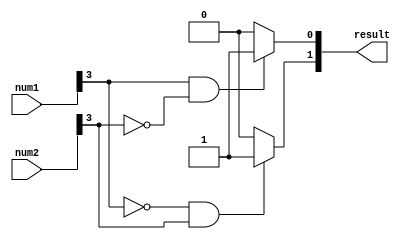
module signed_magnitude_comparator(
    input [3:0] num1,
    input [3:0] num2,
    output [1:0] result
);

wire sign1, sign2, mag_eq, mag_gt, mag_lt;

assign sign1 = num1[3];
assign sign2 = num2[3];

assign mag_eq = (sign1 == sign2) ? (num1 == num2) : 0;
assign mag_gt = (sign1 == 0 && sign2 == 1) ? 1 : 0;
assign mag_lt = (sign1 == 1 && sign2 == 0) ? 1 : 0;

assign result = {mag_gt, mag_lt};

endmodule